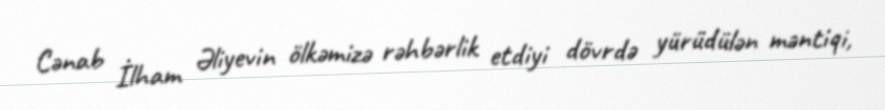
Cənab İlham Əliyevin ölkəmizə rəhbərlik etdiyi dövrdə yürüdülən məntiqi,